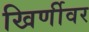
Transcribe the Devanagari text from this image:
खिर्णीवर